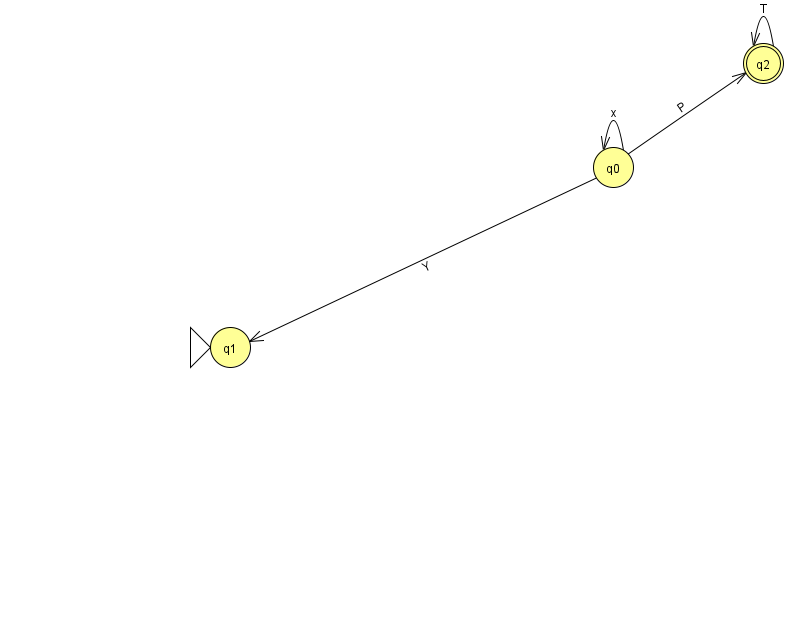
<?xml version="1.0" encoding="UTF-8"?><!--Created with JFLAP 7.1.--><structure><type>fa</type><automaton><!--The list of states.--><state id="0" name="q0"><x>613.0</x><y>154.0</y></state><state id="1" name="q1"><x>230.0</x><y>334.0</y><initial/></state><state id="2" name="q2"><x>763.0</x><y>50.0</y><final/></state><!--The list of transitions.--><transition><from>2</from><to>2</to><read>T</read></transition><transition><from>0</from><to>0</to><read>x</read></transition><transition><from>0</from><to>1</to><read>Y</read></transition><transition><from>0</from><to>2</to><read>P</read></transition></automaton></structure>